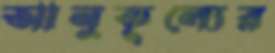
আনুকূল্যের